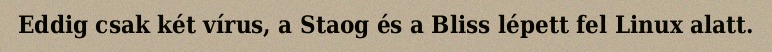
Eddig csak két vírus, a Staog és a Bliss lépett fel Linux alatt.